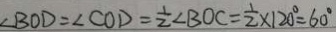
\angle B O D = \angle C O D = \frac { 1 } { 2 } \angle B O C = \frac { 1 } { 2 } \times 1 2 0 ^ { \circ } = 6 0 ^ { \circ }